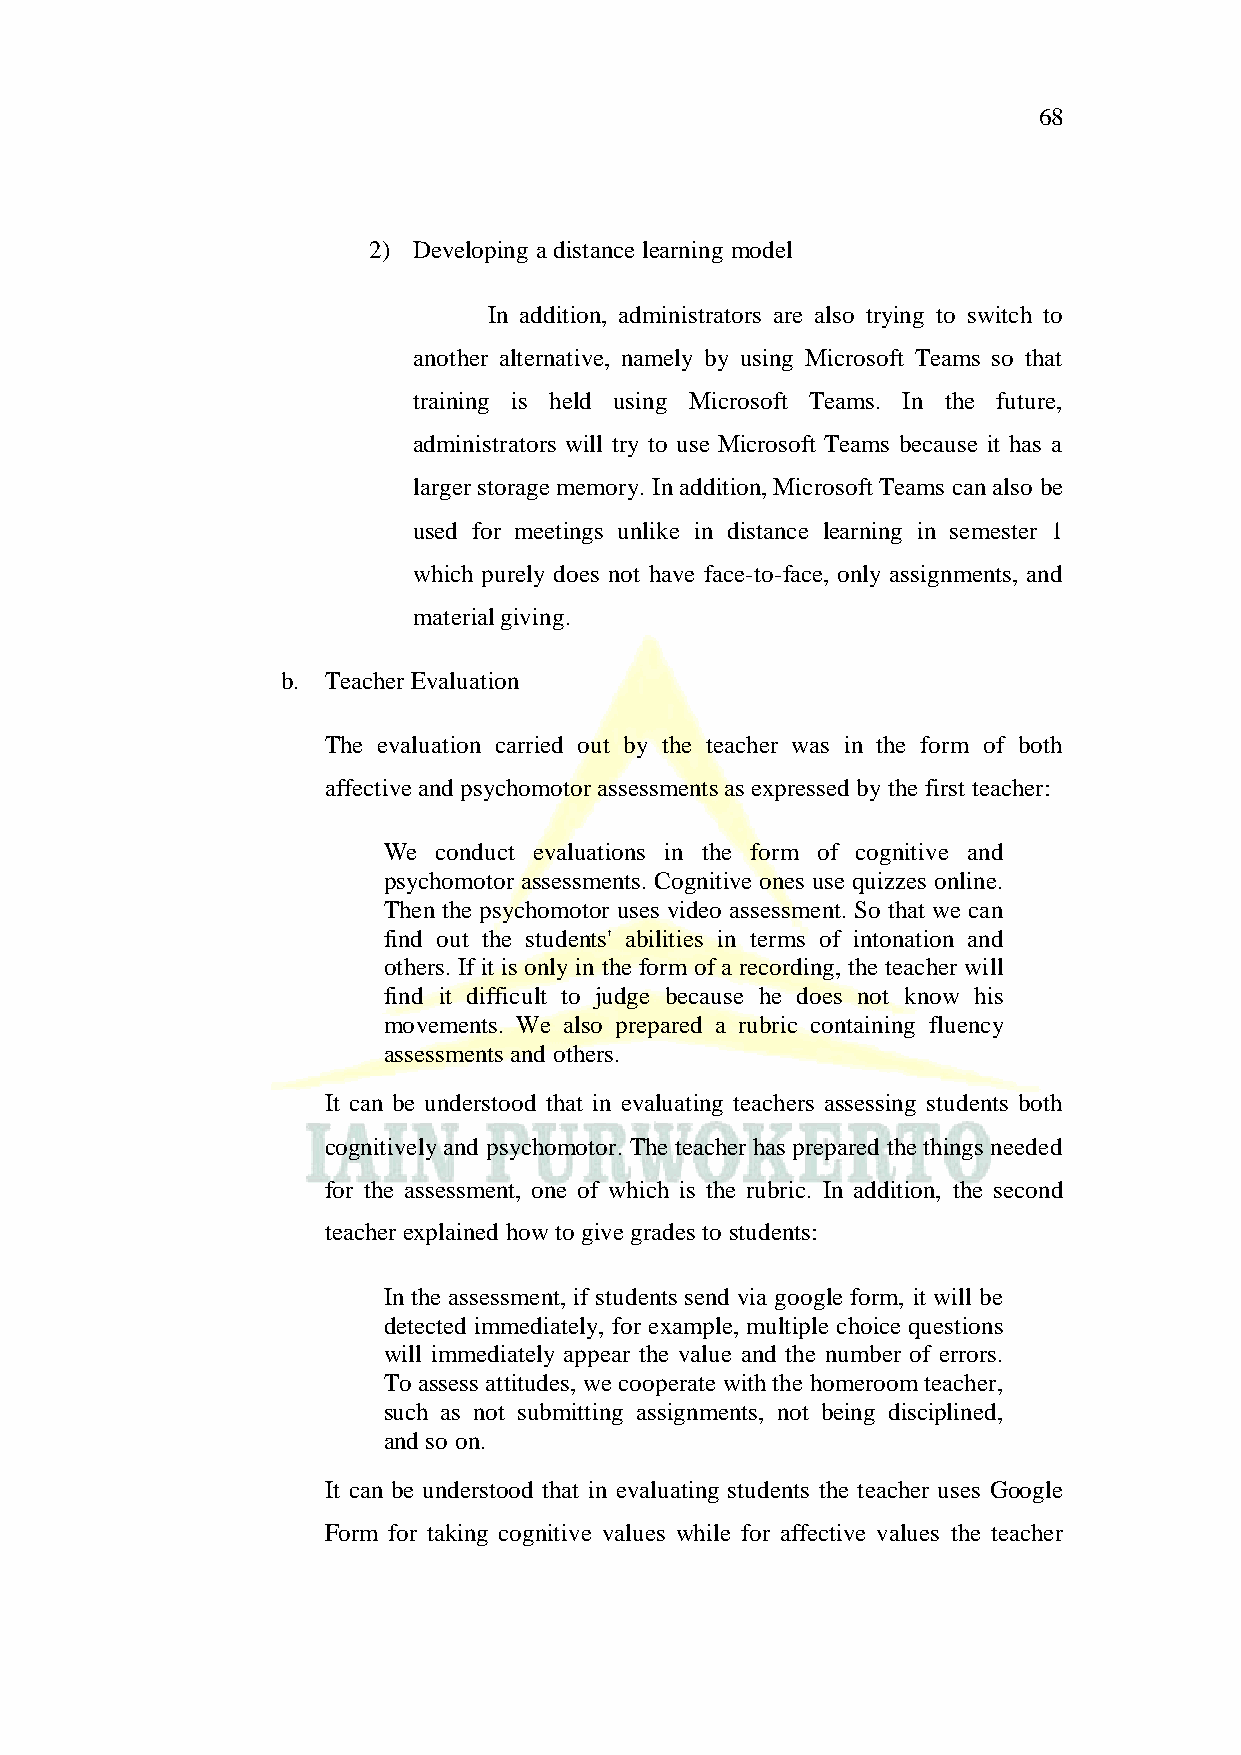
68
 2) Developing a distance learning model
 In addition, administrators are also trying to switch to
 another alternative, namely by using Microsoft Teams so that
 training is held using Microsoft Teams. In the future,
 administrators will try to use Microsoft Teams because it has a
 larger storage memory. In addition, Microsoft Teams can also be
 used for meetings unlike in distance learning in semester 1
 which purely does not have face-to-face, only assignments, and
 material giving.
 b. Teacher Evaluation
 The evaluation carried out by the teacher was in the form of both
 affective and psychomotor assessments as expressed by the first teacher:
 We  conduct evaluations in the form of cognitive and
 psychomotor assessments. Cognitive ones use quizzes online.
 Then the psychomotor uses video assessment. So that we can
 find out the students' abilities in terms of intonation and
 others. If it is only in the form of a recording, the teacher will
 find it difficult to judge because he does not know his
 movements. We also prepared a rubric containing fluency
 assessments and others.
 It can be understood that in evaluating teachers assessing students both
 cognitively and psychomotor. The teacher has prepared the things needed
 for the assessment, one of which is the rubric. In addition, the second
 teacher explained how to give grades to students:
 In the assessment, if students send via google form, it will be
 detected immediately, for example, multiple choice questions
 will immediately appear the value and the number of errors.
 To assess attitudes, we cooperate with the homeroom teacher,
 such as not submitting assignments, not being disciplined,
 and so on.
 It can be understood that in evaluating students the teacher uses Google
 Form for taking cognitive values while for affective values the teacher